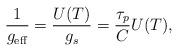
LaTeX: \begin{align*}\frac{1}{g_{\mathrm{eff}}}=\frac{U(T)}{g_s}=\frac{\tau_p}{C}U(T), \end{align*}